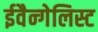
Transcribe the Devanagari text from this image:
ईवैन्गेलिस्ट